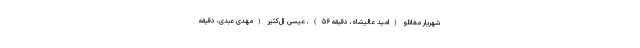
شهریار مغانلو (امید عالیشاه، دقیقه ۵۶)، عیسی آل‌کثیر (مهدی عبدی، دقیقه